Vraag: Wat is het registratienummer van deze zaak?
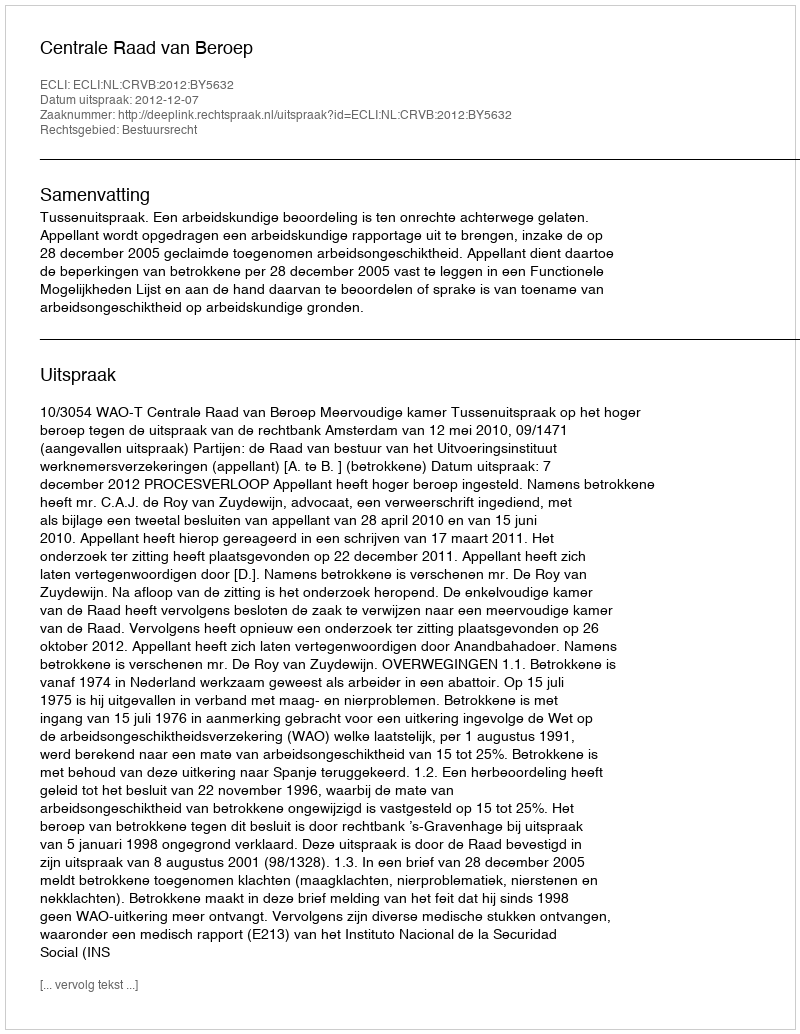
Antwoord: http://deeplink.rechtspraak.nl/uitspraak?id=ECLI:NL:CRVB:2012:BY5632